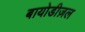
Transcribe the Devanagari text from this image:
बायोडीज़ल